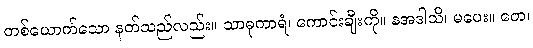
တစ်ယောက်သော နတ်သည်လည်း။ သာဓုကာရံ၊ ကောင်းချီးကို။ နအဒါသိ၊ မပေး။ တေ၊